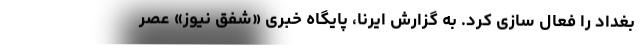
بغداد را فعال سازی کرد. به گزارش ایرنا، پایگاه خبری «شفق نیوز» عصر